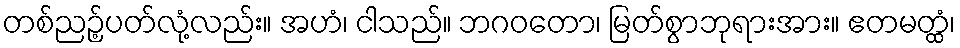
တစ်ညဉ့်ပတ်လုံ့လည်း။ အဟံ၊ ငါသည်။ ဘဂဝတော၊ မြတ်စွာဘုရားအား။ ဧတမတ္ထံ၊